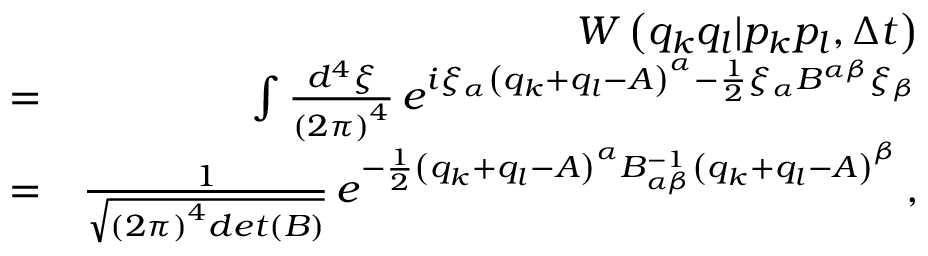
\begin{array} { r l r } & { } & { W \left( q _ { k } q _ { l } | p _ { k } p _ { l } , \Delta t \right) } \\ & { = } & { \int \frac { d ^ { 4 } \xi } { \left( 2 \pi \right) ^ { 4 } } \, e ^ { i \xi _ { \alpha } \left( q _ { k } + q _ { l } - A \right) ^ { \alpha } - \frac { 1 } { 2 } \xi _ { \alpha } B ^ { \alpha \beta } \xi _ { \beta } } } \\ & { = } & { \frac { 1 } { \sqrt { \left( 2 \pi \right) ^ { 4 } d e t \left( B \right) } } \, e ^ { - \frac { 1 } { 2 } \left( q _ { k } + q _ { l } - A \right) ^ { \alpha } B _ { \alpha \beta } ^ { - 1 } \left( q _ { k } + q _ { l } - A \right) ^ { \beta } } \, , } \end{array}